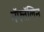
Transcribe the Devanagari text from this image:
नॅफ्तॅलिन